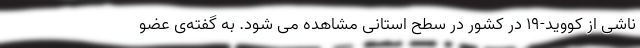
ناشی از کووید-۱۹ در کشور در سطح استانی مشاهده می شود. به گفته‌ی عضو